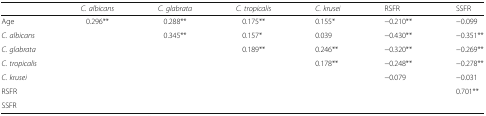
|  | C. albicans | C. glabrata | C. tropicalis | C. krusei | RSFR | SSFR |
 | --- | --- | --- | --- | --- | --- | --- |
 | Age | 0.296** | 0.288** | 0.175** | 0.155* | −0.210** | −0.099 |
 | C. albicans |  | 0.345** | 0.157* | 0.039 | −0.430** | −0.351** |
 | C. glabrata |  |  | 0.189** | 0.246** | −0.320** | −0.269** |
 | C. tropicalis |  |  |  | 0.178** | −0.248** | −0.278** |
 | C. krusei |  |  |  |  | −0.079 | −0.031 |
 | RSFR |  |  |  |  |  | 0.701** |
 | SSFR |  |  |  |  |  |  |